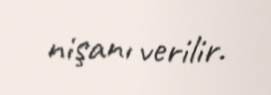
nişanı verilir.